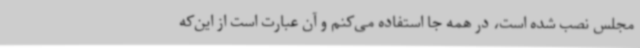
مجلس نصب شده است، در همه جا استفاده می‌کنم و آن عبارت است از این‌که